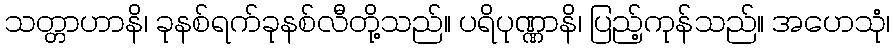
သတ္တာဟာနိ၊ ခုနစ်ရက်ခုနစ်လီတို့သည်။ ပရိပုဏ္ဏာနိ၊ ပြည့်ကုန်သည်။ အဟေသုံ၊